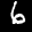
Label: 6